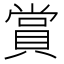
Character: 賞